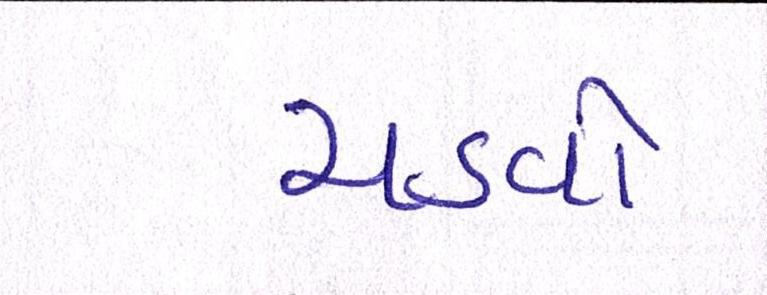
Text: ચડવો